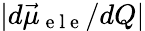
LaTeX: |d\vec{\mu}_{\mathrm{~e~l~e~}}/dQ|